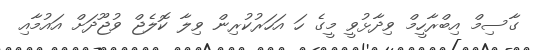
ގާސިމް އިބްރާހީމް ވިދާޅުވީ މީގެ ހަ އަހަރުކުރިން ވިލާ ކޮލެޖް ވުޖޫދަށް އައުމާއި